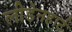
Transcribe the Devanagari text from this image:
लीडेनहार्ट